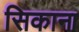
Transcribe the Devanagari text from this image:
सिकाना